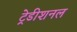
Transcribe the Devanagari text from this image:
ट्रेडीशनल